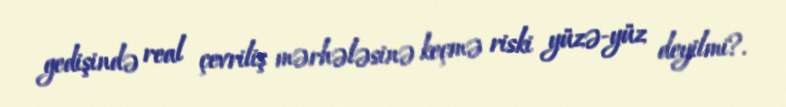
gedişində real çevriliş mərhələsinə keçmə riski yüzə-yüz deyilmi?.